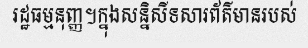
រដ្ឋធម្មនុញ្ញ។ក្នុងសន្និសីទសារព័ត៌មានរបស់